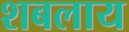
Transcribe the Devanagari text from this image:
शबलाय